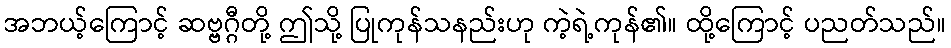
အဘယ့်ကြောင့် ဆဗ္ဗဂ္ဂီတို့ ဤသို့ ပြုကုန်သနည်းဟု ကဲ့ရဲ့ကုန်၏။ ထို့ကြောင့် ပညတ်သည်။